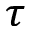
\tau